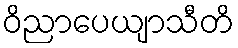
ဝိညာပေယျာသီတိ